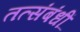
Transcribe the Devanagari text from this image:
तत्संबंधीं